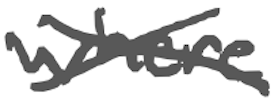
Text: where
Cross-out: cross
Writing tool: digital_gray